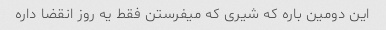
این دومین باره که شیری که میفرستن فقط یه روز انقضا داره